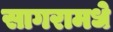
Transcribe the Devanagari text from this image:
सागरामधे